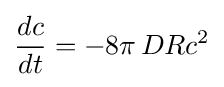
{\frac {dc}{dt}}=-8\pi \,DRc^{2}